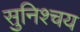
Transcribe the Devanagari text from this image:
सुनिश्चय